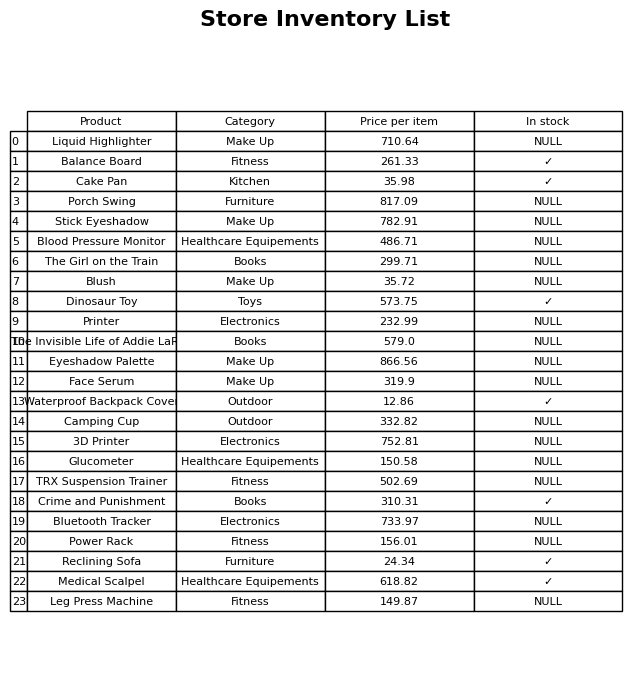
question: What is the stock status of the Medical Scalpel?
answer: ✓